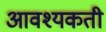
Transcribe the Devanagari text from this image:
आवश्यकती